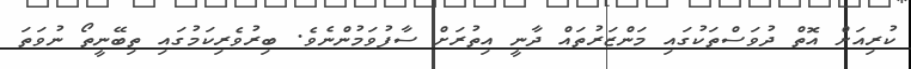
ކުރިއަށް އޮތް ދުވަސްތަކުގައި މަންޒަރުތައް ދާނީ އިތުރަށް ސާފުވަމުންނެވެ. ބިރުވެރިކަމުގައި ތިބޭނީތޯ ނުވަތަ